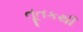
તૂતકથી